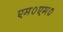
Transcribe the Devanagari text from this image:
एम०एम०